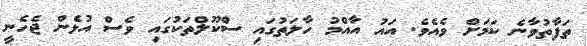
ތަފާތުވާނެ ކަމަށް ވެއެވެ. އައު އާއްމު ހާލަތުގައި ސްކޫލްތަކުގައި ވެސް އުޅެން ޖެހެނީ